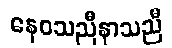
နေဝသညီနာသညီ